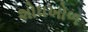
શોધખોળ